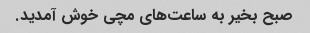
صبح بخیر به ساعت‌های مچی خوش آمدید.